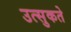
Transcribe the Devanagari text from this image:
उत्सुकते